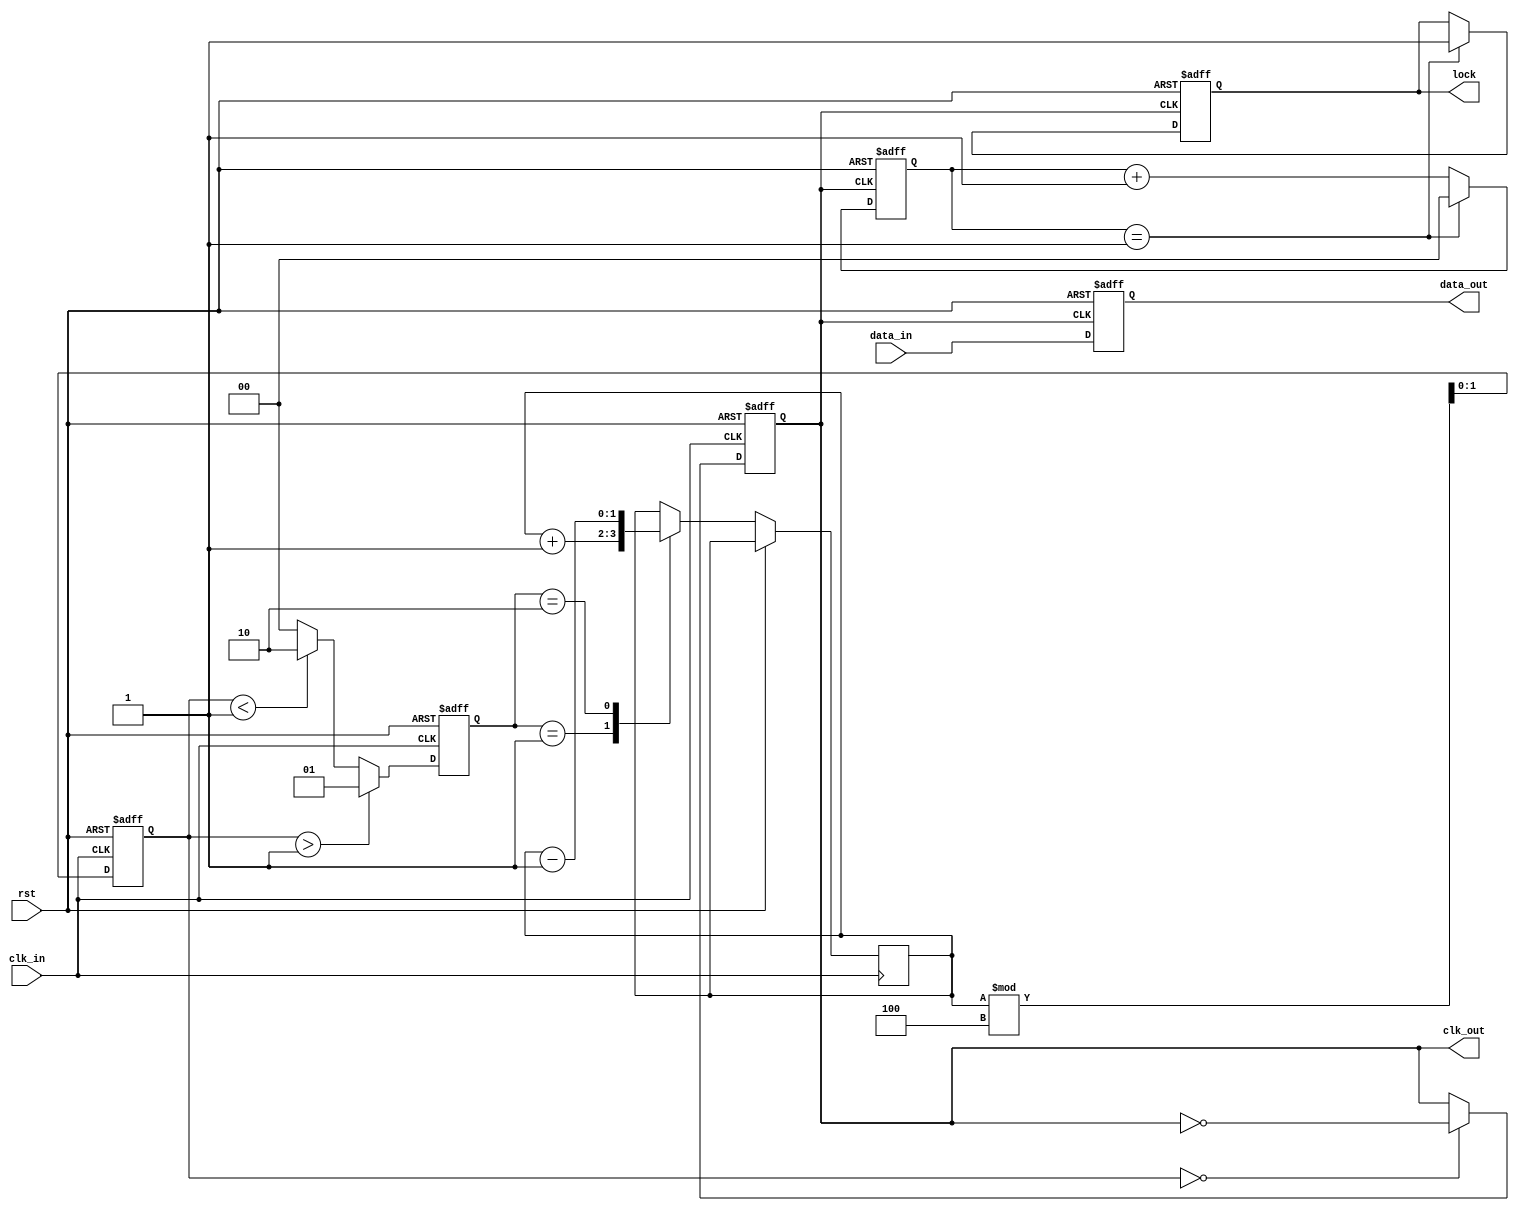
module pll_synchronizer (
    input wire clk_in,          // Input clock
    input wire rst,            // Reset signal
    input wire data_in,        // Input data signal
    output reg data_out,       // Output synchronized data
    output reg clk_out,        // Output clock from VCO
    output reg lock            // Lock indicator
);

// Parameters
parameter VCO_FREQ_MULT = 4; // VCO frequency multiplier
parameter DIVIDER = 2;        // Frequency divider for output clock

// Internal signals
reg [1:0] phase_error;        // Phase error signal
reg [1:0] vco_control;        // Control signal for VCO
reg [1:0] vco_state;          // VCO state
reg [1:0] loop_filter;        // Loop filter output
reg [1:0] vco_counter;        // VCO counter for frequency control
reg [1:0] divider_counter;    // Divider counter for output clock

// Phase Detector
always @(posedge clk_in or posedge rst) begin
    if (rst) begin
        phase_error <= 2'b00;
    end else begin
        // Simple phase detection logic (to be refined)
        if (vco_state > 2'b01)
            phase_error <= 2'b01; // VCO is ahead
        else if (vco_state < 2'b01)
            phase_error <= 2'b10; // VCO is behind
        else
            phase_error <= 2'b00;  // In phase
    end
end

// Voltage-Controlled Oscillator (VCO)
always @(posedge clk_in or posedge rst) begin
    if (rst) begin
        vco_state <= 2'b00;
        clk_out <= 1'b0;
    end else begin
        // Control VCO frequency based on phase error
        case (phase_error)
            2'b01: vco_control <= vco_control + 1; // Speed up
            2'b10: vco_control <= vco_control - 1; // Slow down
            default: vco_control <= vco_control;   // Maintain
        endcase
        
        // Update VCO state
        vco_state <= (vco_control % VCO_FREQ_MULT);
        clk_out <= (vco_state == 2'b00) ? ~clk_out : clk_out; // Toggle clock
    end
end

// Loop Filter
always @(posedge clk_in or posedge rst) begin
    if (rst) begin
        loop_filter <= 2'b00;
    end else begin
        // Simple loop filter (to be refined)
        loop_filter <= loop_filter + phase_error;
    end
end

// Frequency Divider
always @(posedge clk_out or posedge rst) begin
    if (rst) begin
        divider_counter <= 2'b00;
        lock <= 1'b0;
    end else begin
        if (divider_counter == DIVIDER - 1) begin
            divider_counter <= 2'b00;
            lock <= 1'b1; // Indicate lock when divider is stable
        end else begin
            divider_counter <= divider_counter + 1;
        end
    end
end

// Data Sampling
always @(posedge clk_out or posedge rst) begin
    if (rst) begin
        data_out <= 1'b0;
    end else begin
        data_out <= data_in; // Sample data on VCO clock
    end
end

endmodule